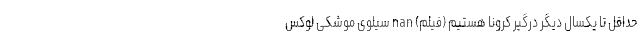
حداقل تا یکسال دیگر درگیر کرونا هستیم (فیلم) nan سیلوی موشکی لوکس